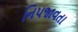
નિપજાવતા